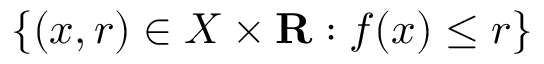
\left\{ ( x , r ) \in X \times \mathbf { R } : f ( x ) \leq r \right\}